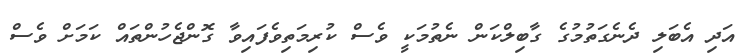
އަދި އެބަލި ދެނެގަތުމުގެ ގާބިލްކަން ނެތުމަކީ ވެސް ކުރިމަތިވެފައިވާ ގޮންޖެހުންތައް ކަމަށް ވެސް